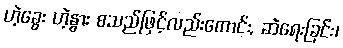
ဟဲ့ခွေး ဟဲ့နွား စသည်ဖြင့်လည်းကောင်း, ဆဲရေးခြင်း၊